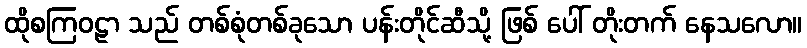
ထိုစကြဝဠာ သည် တစ်စုံတစ်ခုသော ပန်းတိုင်ဆီသို့ ဖြစ် ပေါ် တိုးတက် နေသလော။